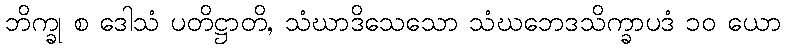
ဘိက္ခု စ ဒေါသံ ပတိဋ္ဌာတိ, သံဃာဒိသေသော သံဃဘေဒသိက္ခာပဒံ ၁၀ ယော